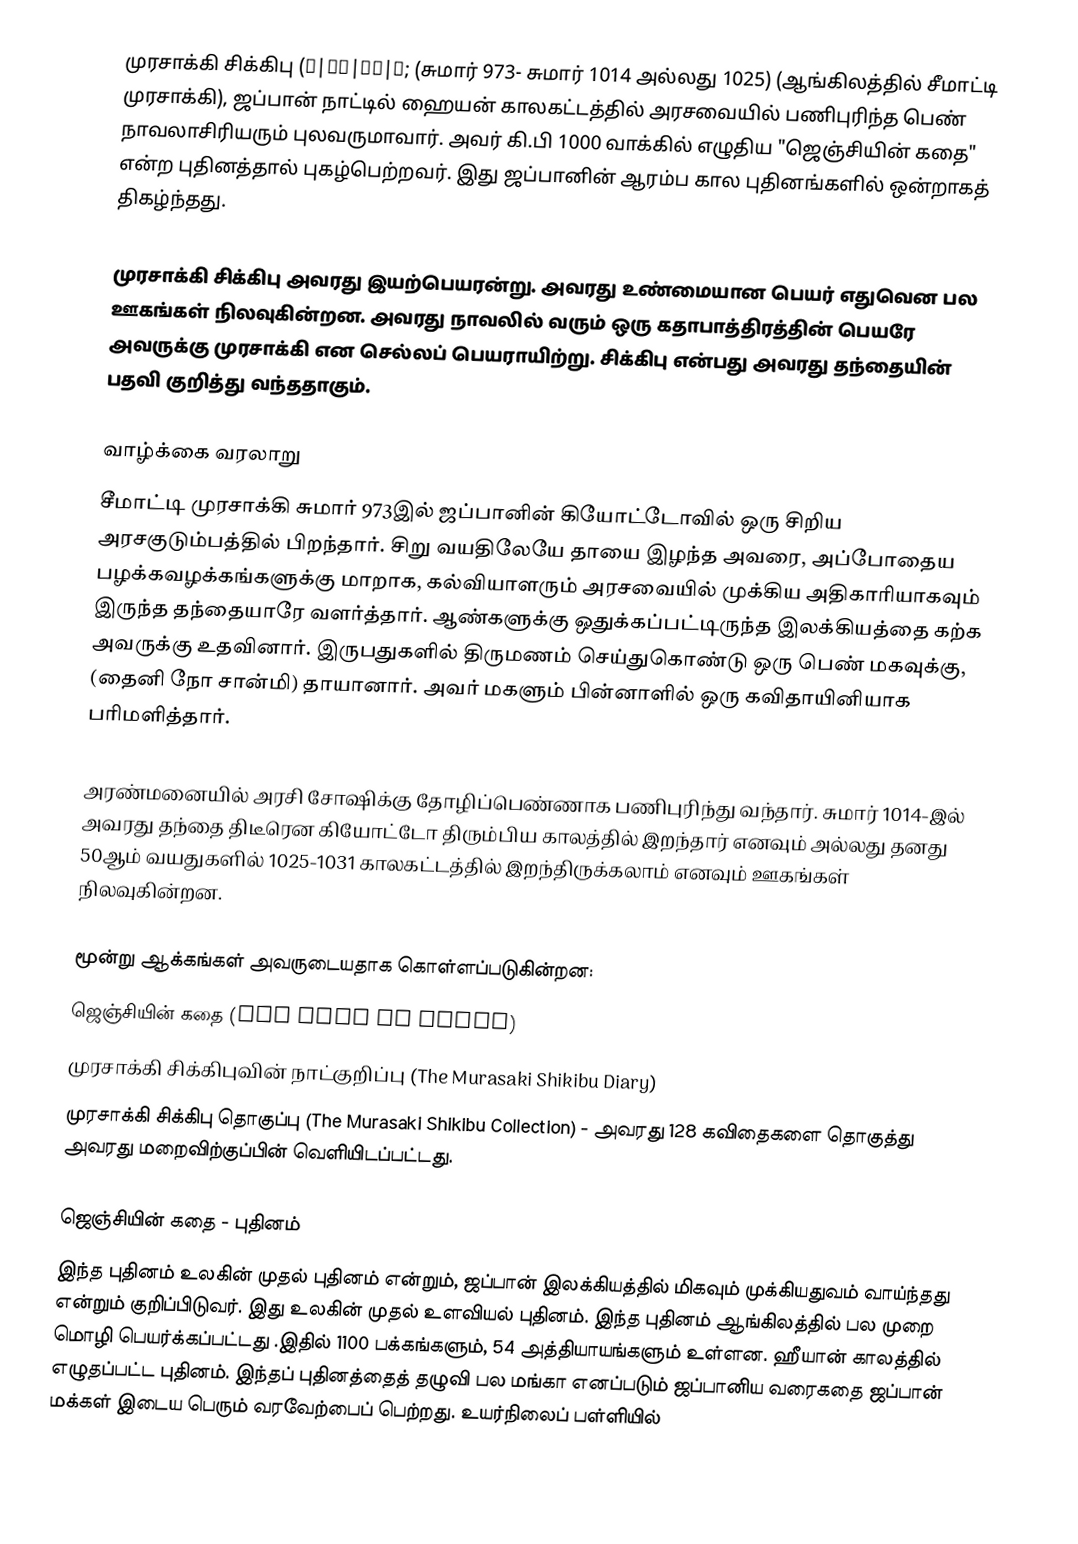
முரசாக்கி சிக்கிபு (紫|紫式|式部|部; (சுமார் 973- சுமார் 1014 அல்லது 1025) (ஆங்கிலத்தில் சீமாட்டி முரசாக்கி), ஜப்பான் நாட்டில் ஹையன் காலகட்டத்தில் அரசவையில் பணிபுரிந்த பெண் நாவலாசிரியரும் புலவருமாவார். அவர் கி.பி 1000 வாக்கில் எழுதிய "ஜெஞ்சியின் கதை" என்ற புதினத்தால் புகழ்பெற்றவர். இது ஜப்பானின் ஆரம்ப கால புதினங்களில் ஒன்றாகத் திகழ்ந்தது.

முரசாக்கி சிக்கிபு அவரது இயற்பெயரன்று. அவரது உண்மையான பெயர் எதுவென பல ஊகங்கள் நிலவுகின்றன. அவரது நாவலில் வரும் ஒரு கதாபாத்திரத்தின் பெயரே அவருக்கு முரசாக்கி என செல்லப் பெயராயிற்று. சிக்கிபு என்பது அவரது தந்தையின் பதவி குறித்து வந்ததாகும்.

வாழ்க்கை வரலாறு
சீமாட்டி முரசாக்கி சுமார் 973இல் ஜப்பானின் கியோட்டோவில் ஒரு சிறிய அரசகுடும்பத்தில் பிறந்தார். சிறு வயதிலேயே தாயை இழந்த அவரை, அப்போதைய பழக்கவழக்கங்களுக்கு மாறாக, கல்வியாளரும் அரசவையில் முக்கிய அதிகாரியாகவும் இருந்த தந்தையாரே வளர்த்தார். ஆண்களுக்கு ஒதுக்கப்பட்டிருந்த இலக்கியத்தை கற்க அவருக்கு உதவினார். இருபதுகளில் திருமணம் செய்துகொண்டு ஒரு பெண் மகவுக்கு, (தைனி நோ சான்மி) தாயானார். அவர் மகளும் பின்னாளில் ஒரு கவிதாயினியாக பரிமளித்தார்.

அரண்மனையில் அரசி சோஷிக்கு தோழிப்பெண்ணாக பணிபுரிந்து வந்தார். சுமார் 1014-இல் அவரது தந்தை திடீரென கியோட்டோ திரும்பிய காலத்தில் இறந்தார் எனவும் அல்லது தனது 50ஆம் வயதுகளில் 1025-1031 காலகட்டத்தில் இறந்திருக்கலாம் எனவும் ஊகங்கள் நிலவுகின்றன.

மூன்று ஆக்கங்கள் அவருடையதாக கொள்ளப்படுகின்றன:
 ஜெஞ்சியின் கதை (The Tale of Genji)
 முரசாக்கி சிக்கிபுவின் நாட்குறிப்பு (The Murasaki Shikibu Diary)
 முரசாக்கி சிக்கிபு தொகுப்பு (The Murasaki Shikibu Collection) - அவரது 128 கவிதைகளை தொகுத்து அவரது மறைவிற்குப்பின் வெளியிடப்பட்டது.

ஜெஞ்சியின் கதை - புதினம்
இந்த புதினம் உலகின் முதல் புதினம் என்றும், ஜப்பான் இலக்கியத்தில் மிகவும் முக்கியதுவம் வாய்ந்தது என்றும் குறிப்பிடுவர். இது உலகின் முதல் உளவியல் புதினம். இந்த புதினம் ஆங்கிலத்தில் பல முறை மொழி பெயர்க்கப்பட்டது .இதில் 1100 பக்கங்களும், 54 அத்தியாயங்களும் உள்ளன. ஹீயான் காலத்தில் எழுதப்பட்ட புதினம். இந்தப் புதினத்தைத் தழுவி பல மங்கா எனப்படும் ஜப்பானிய வரைகதை ஜப்பான் மக்கள் இடைய பெரும் வரவேற்பைப் பெற்றது. உயர்நிலைப் பள்ளியில்